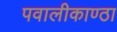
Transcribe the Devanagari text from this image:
पवालीकाण्ठा